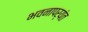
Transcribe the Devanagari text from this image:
भवनापर्यंत